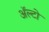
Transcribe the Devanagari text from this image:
अॅल्टो